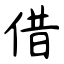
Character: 借